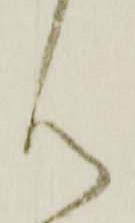
ん